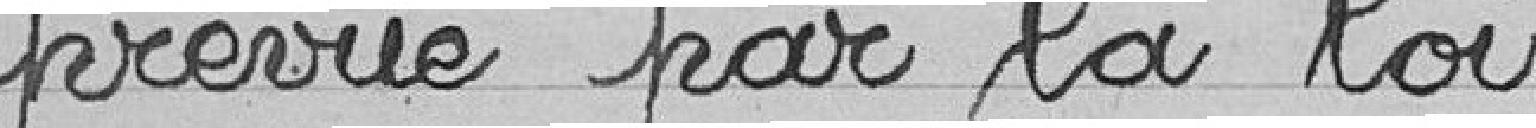
prévue par la loi